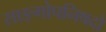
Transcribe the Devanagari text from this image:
साङ्गोपनिषदो